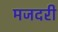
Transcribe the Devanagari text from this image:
मजदरी